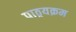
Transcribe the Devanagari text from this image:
पाठ्रयक्रम